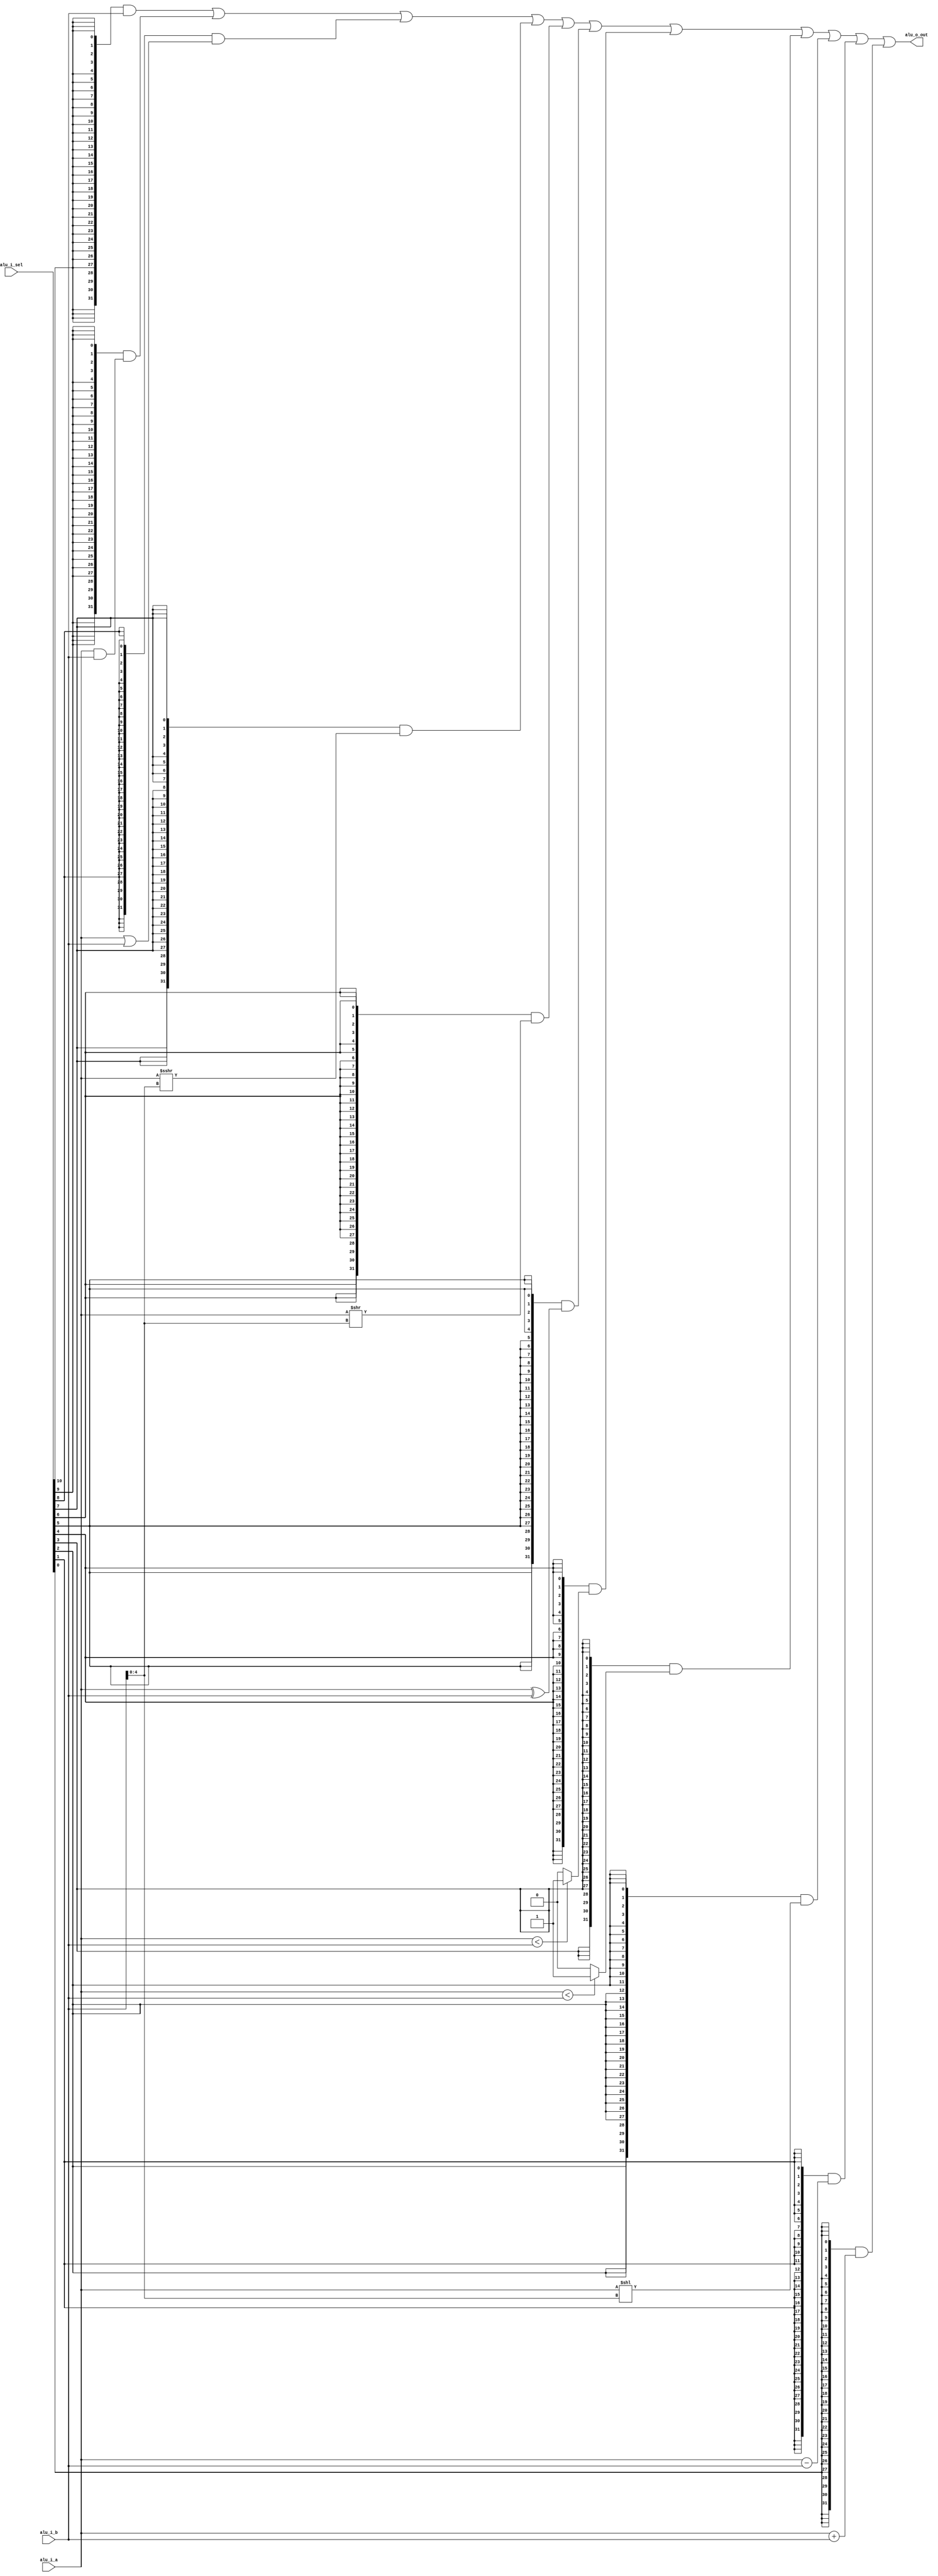

module alu (
  input  [31:0] alu_i_a, 
  input  [31:0] alu_i_b,
  input  [10:0] alu_i_sel,
  output [31:0] alu_o_out
);
  
  wire [31:0] out_add, out_and, out_or, out_sll, out_slt, out_sltu, out_sra, out_srl, out_sub, out_xor;

  wire signed [31:0] a_signed, b_signed;
  
  assign a_signed = alu_i_a;
  assign b_signed = alu_i_b;

  assign out_add  = alu_i_a + alu_i_b;
  assign out_sub  = alu_i_a - alu_i_b;
  assign out_sll  = alu_i_a << alu_i_b[4:0];
  assign out_slt  = (a_signed < b_signed) ? 'h01 : 'h00;
  assign out_sltu = (alu_i_a < alu_i_b) ? 'h01 : 'h00;
  assign out_xor  = alu_i_a ^ alu_i_b;
  assign out_srl  = alu_i_a >> alu_i_b[4:0];
  assign out_sra  = a_signed >>> alu_i_b[4:0];
  assign out_or   = alu_i_a | alu_i_b;
  assign out_and  = alu_i_a & alu_i_b;

  assign alu_o_out = (
      ({32{alu_i_sel[10]}} & (alu_i_b))
    | ({32{alu_i_sel[9]}} & (out_and))
    | ({32{alu_i_sel[8]}} & (out_or))
    | ({32{alu_i_sel[7]}} & (out_sra))
    | ({32{alu_i_sel[6]}} & (out_srl))
    | ({32{alu_i_sel[5]}} & (out_xor))
    | ({32{alu_i_sel[4]}} & (out_sltu))
    | ({32{alu_i_sel[3]}} & (out_slt))
    | ({32{alu_i_sel[2]}} & (out_sll))
    | ({32{alu_i_sel[1]}} & (out_sub))
    | ({32{alu_i_sel[0]}} & (out_add))
  );
  
endmodule